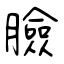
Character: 臉